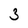
Character: 3